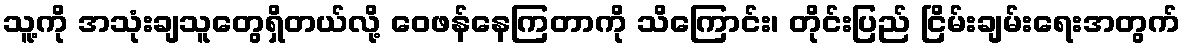
သူ့ကို အသုံးချသူတွေရှိတယ်လို့ ဝေဖန်နေကြတာကို သိကြောင်း၊ တိုင်းပြည် ငြိမ်းချမ်းရေးအတွက်